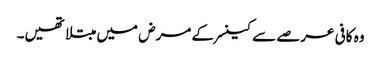
وہ کافی عرصے سے کینسر کے مرض میں مبتلا تھیں۔